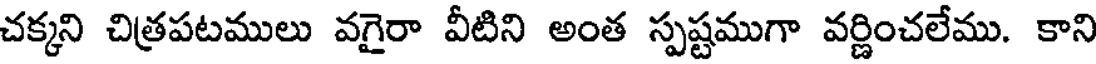
చక్కని చిత్రపటములు వగైరా వీటిని అంత స్పష్టముగా వర్ణించలేము. కాని